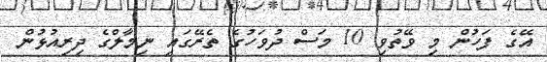
އޭގެ ފަހުން މި ވޭތުވި 10 މަސް ދުވަހުގެ ތެރޭގައި ނިމާލްގެ ދިރިއުޅުން